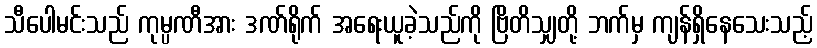
သီပေါမင်းသည် ကုမ္ပဏီအား ဒဏ်ရိုက် အရေးယူခဲ့သည်ကို ဗြိတိသျှတို့ ဘက်မှ ကျန်ရှိနေသေးသည့်